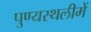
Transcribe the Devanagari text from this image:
पुण्‍यस्‍थलीमें